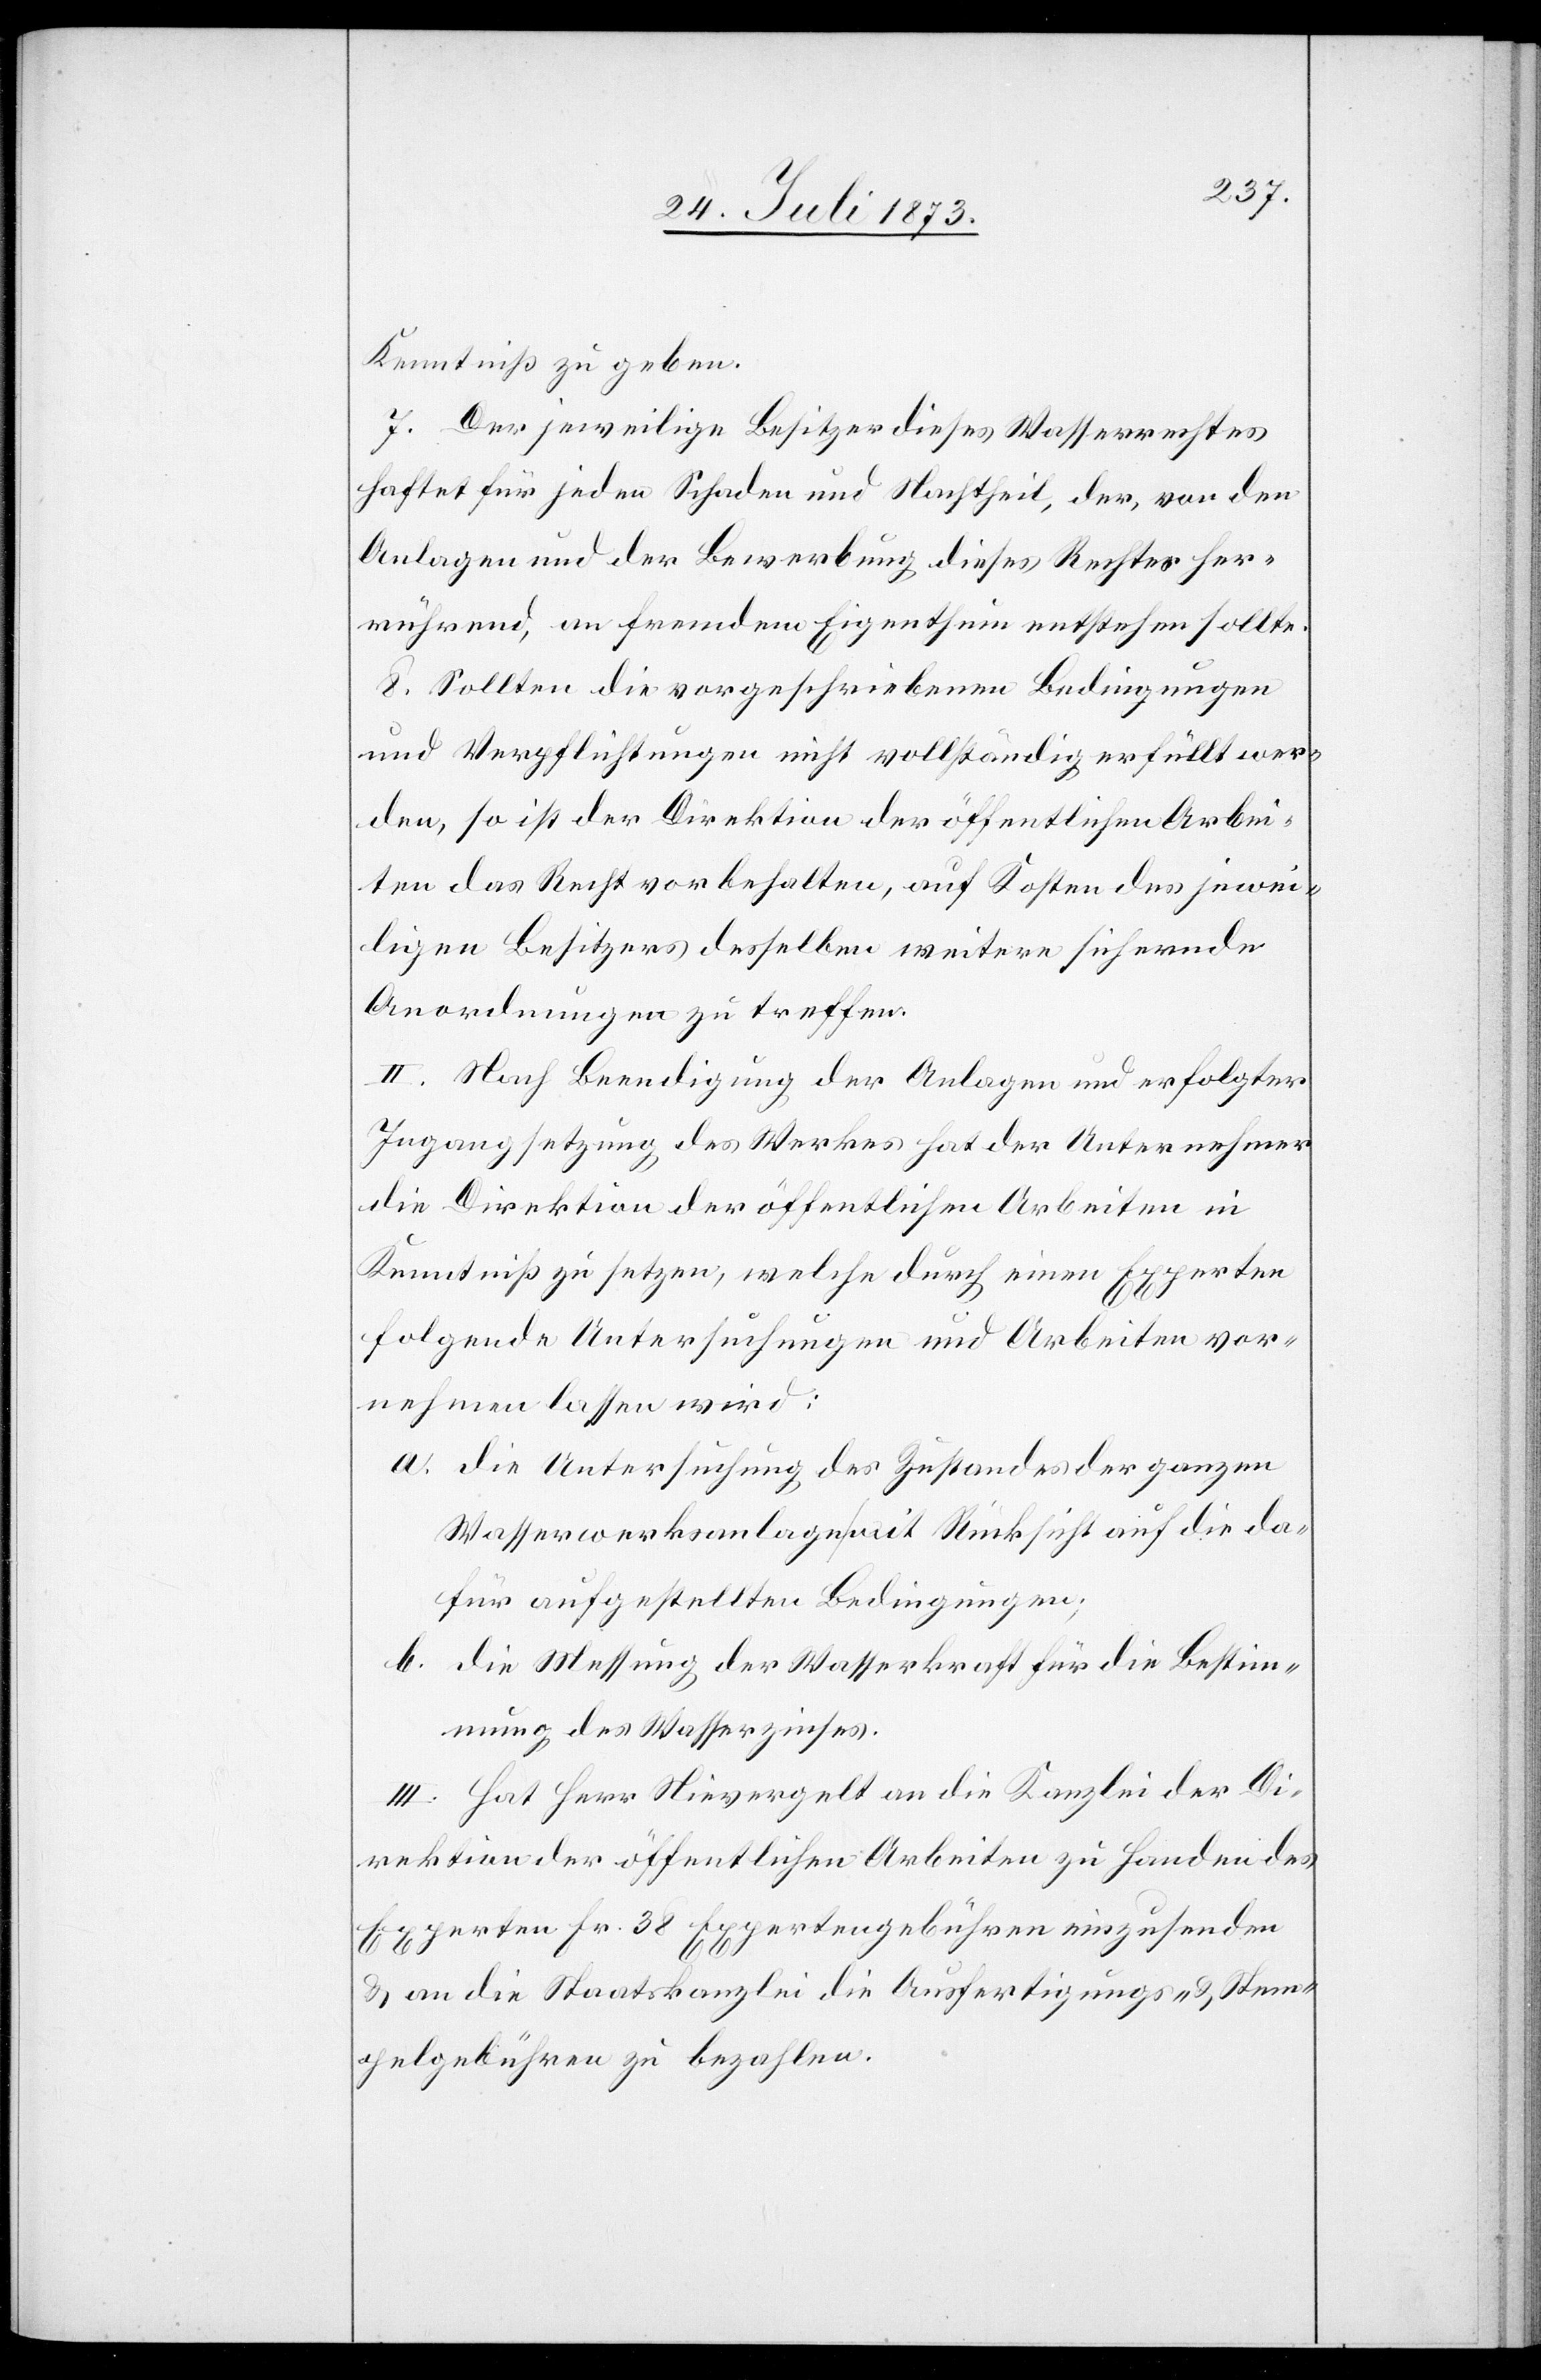
Kenntniß zu geben.
7. Der jeweilige Besitzer dieses Wasserrechtes
haftet für jeden Schaden und Nachtheil, der von den
Anlagen und der Bewerbung dieses Rechtes her¬
rührend, an fremdem Eigenthum entstehen sollte.
8. Sollten die vorgeschriebenen Bedingungen
und Verpflichtungen nicht vollständig erfüllt wer¬
den, so ist der Direktion der öffentlichen Arbei¬
ten das Recht vorbehalten, auf Kosten des jewei¬
ligen Besitzers desselben weitere sichernde
Anordnungen zu treffen.
II. Nach Beendigung der Anlagen und erfolgter
Ingangsetzung des Werkes hat der Unternehmer
die Direktion der öffentlichen Arbeiten in
Kenntniß zu setzen, welche durch eine Experten
folgende Untersuchungen und Arbeiten vor¬
nehmen lassen wird:
a. die Untersuchung des Zustandes der ganzen
Wasserwerksanlagen mit Rücksicht auf die da¬
für aufgestellten Bedingungen;
b. die Messung der Wasserkraft für die Bestim¬
mung des Wasserzinses.
III. Hat Herr Nievergelt an die Kanzlei der Di¬
rektion der öffentlichen Arbeiten zu Handen des
Experten Fr. 38 Expertengebühren einzusenden
& an die Staatskanzlei die Ausfertigungs- & Stem¬
pelgebühren zu bezahlen.